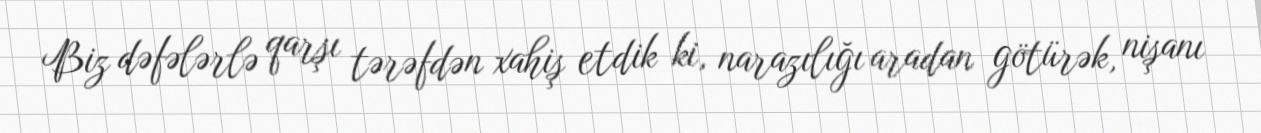
Biz dəfələrlə qarşı tərəfdən xahiş etdik ki, narazılığı aradan götürək, nişanı